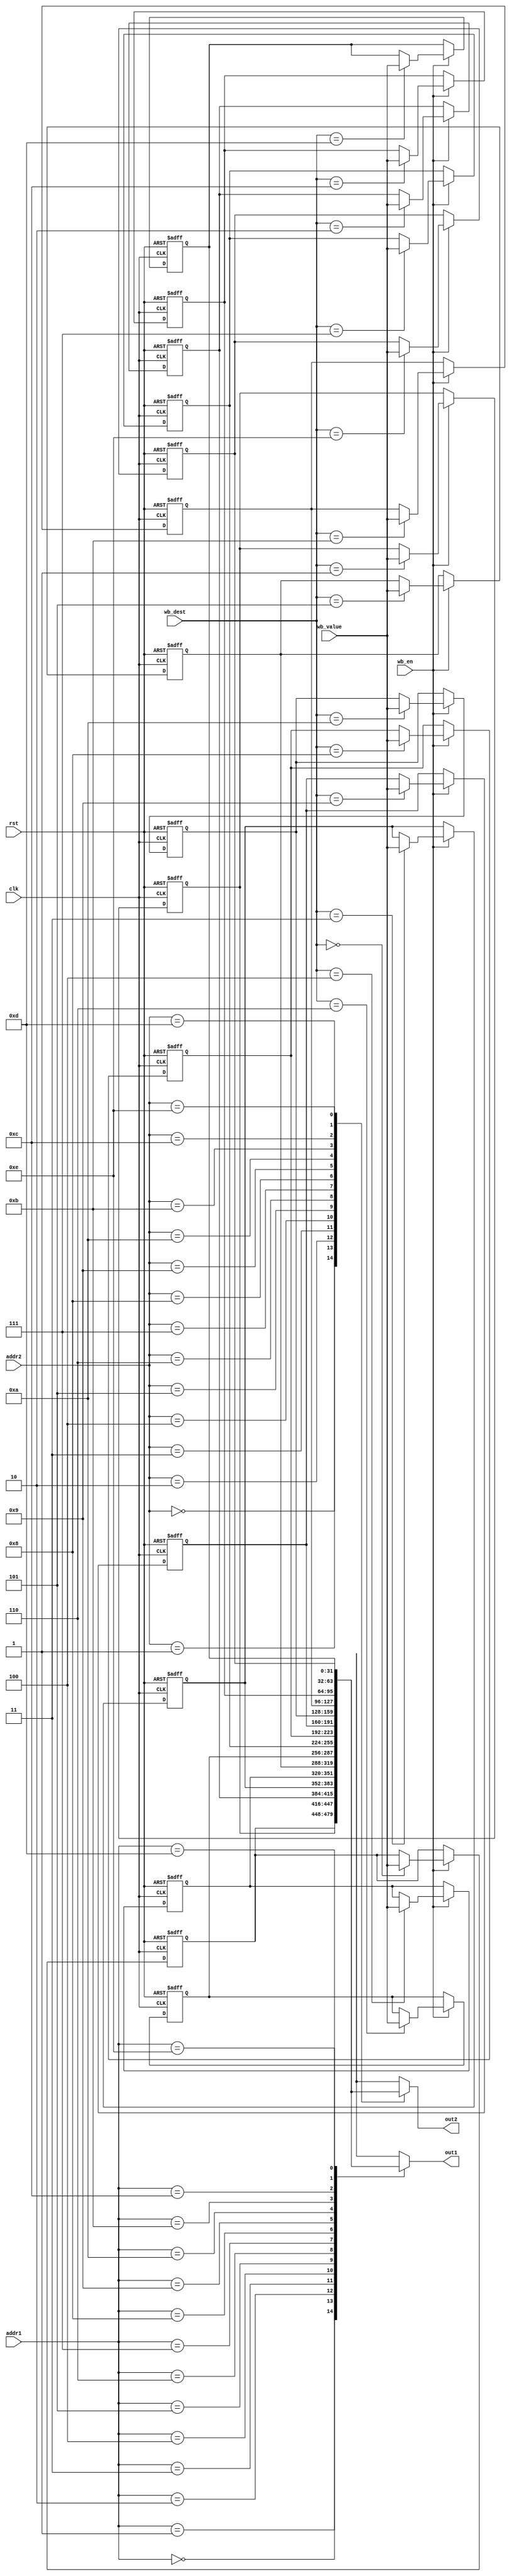
module register_file #(
    parameter depth = 15,
    parameter lengt = 32,
    parameter clog2_depth = $clog2(depth)
)
(
    input wire clk,
    input wire rst,
    input wire [clog2_depth - 1 : 0] addr1,
    input wire [clog2_depth - 1 : 0] addr2,
    input wire [clog2_depth - 1 : 0] wb_dest,
    input wire [lengt - 1 : 0] wb_value,
    input wire wb_en,
    output [lengt - 1 : 0] out1,
    output [lengt - 1 : 0] out2
);
    reg [lengt - 1 : 0] mem [0 : depth - 1];
    assign out1 = mem[addr1];
    assign out2 = mem[addr2];
    integer reg_count;
    always @(negedge clk or posedge rst) begin
        if(rst) begin
            for (reg_count = 0; reg_count < depth; reg_count = reg_count + 1) begin
                mem[reg_count] = reg_count;
            end
        end else begin
            if(wb_en)begin
                mem[wb_dest] = wb_value;
            end
        end
    end
endmodule